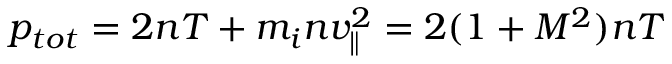
p _ { t o t } = 2 n T + m _ { i } n v _ { \parallel } ^ { 2 } = 2 ( 1 + M ^ { 2 } ) n T